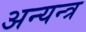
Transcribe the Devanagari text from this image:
अन्यन्त्र